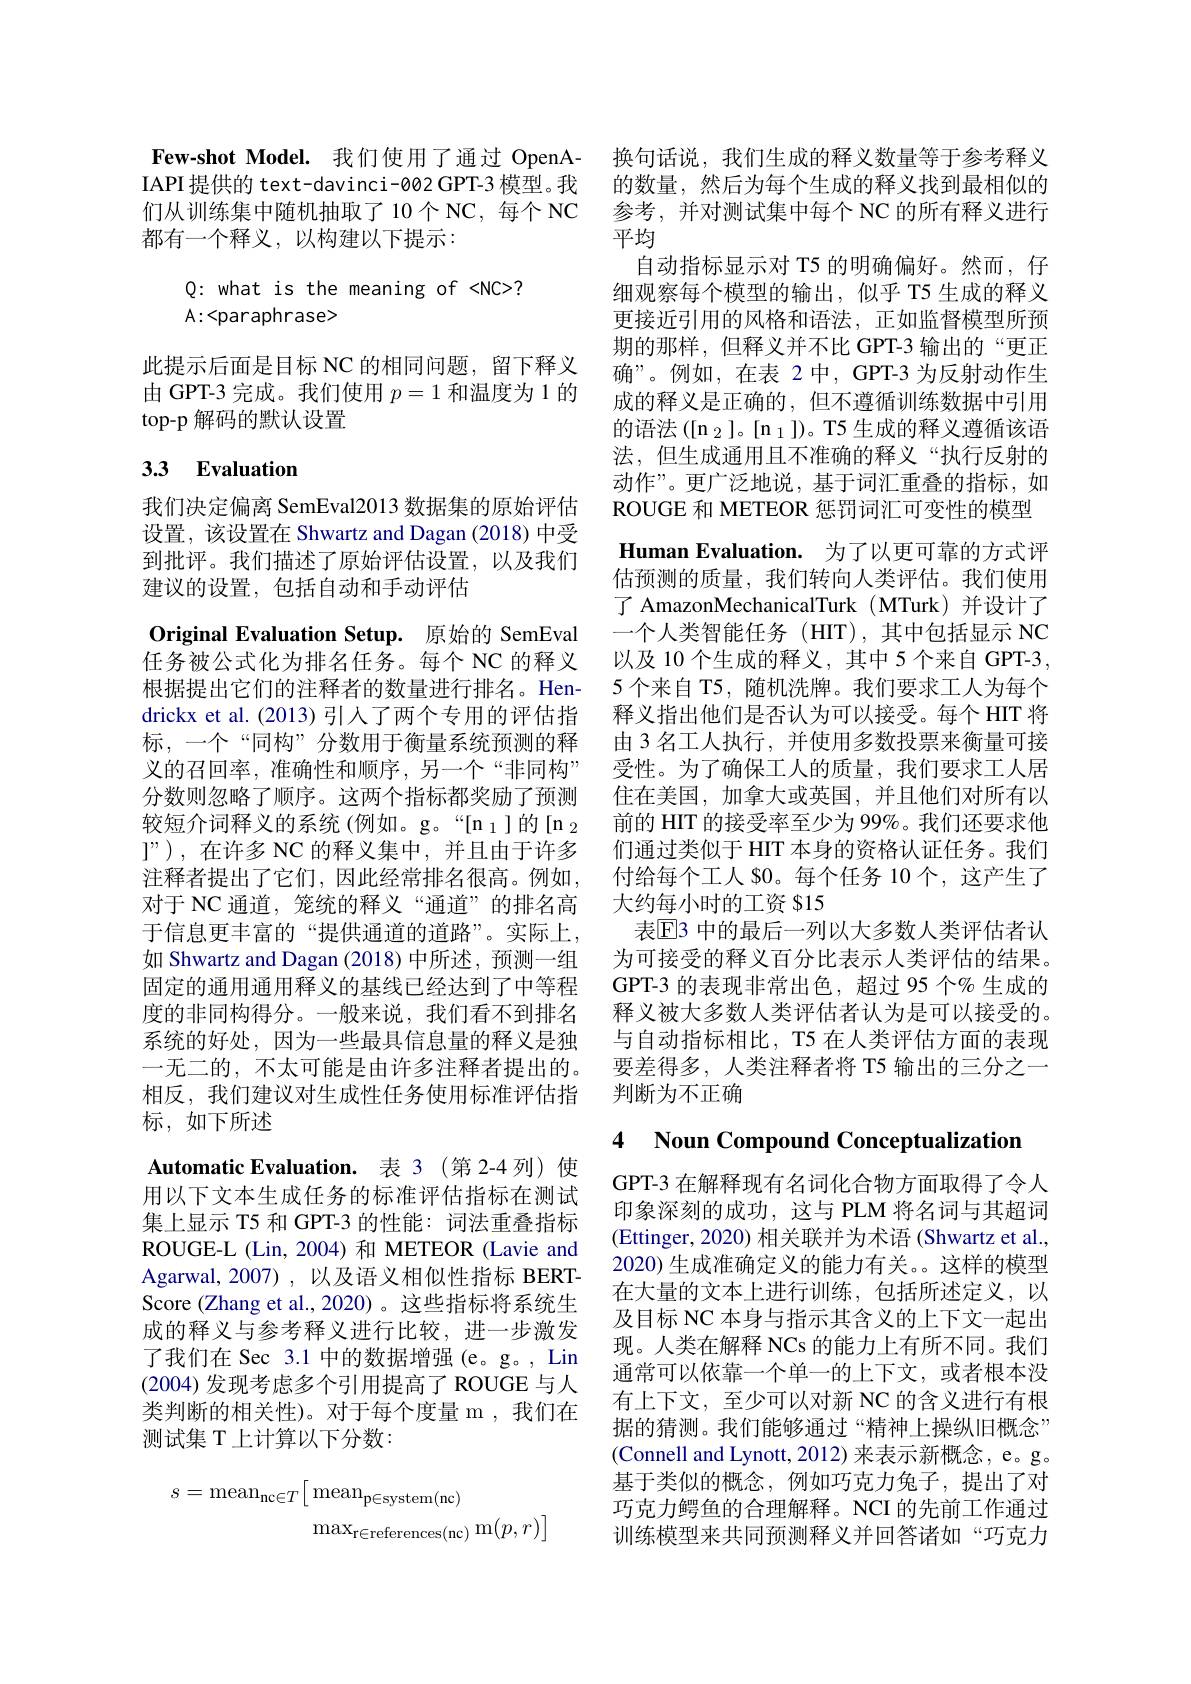
Few-shot Model. 我们使用了通过 OpenA- 换句话说，我们生成的释义数量等于参考释义IAPI提供的 text-davinci-002 GPT-3 模型。我 的数量，然后为每个生成的释义找到最相似的们从训练集中随机抽取了10个NC，每个NC 参考，并对测试集中每个 NC 的所有释义进行都有一个释义，以构建以下提示：

Q: what is the meaning of <NC>?
$A:<paraphrase>$

此提示后面是目标 NC 的相同问题，留下释义由 GPT-3 完成。我们使用$p=1$和温度为 1 的top-p 解码的默认设置

## 3.3 Evaluation

我们决定偏离 SemEval2013 数据集的原始评估设置，该设置在 Shwartz and Dagan (2018) 中受到批评。我们描述了原始评估设置，以及我们建议的设置，包括自动和手动评估
Original Evaluation Setup. 原始的 SemEval 任务被公式化为排名任务。每个 NC 的释义根据提出它们的注释者的数量进行排名。Hen于信息更丰富的“提供通道的道路”。实际上， 如 Shwartz and Dagan (2018)中所述，预测一组固定的通用通用释义的基线已经达到了中等程度的非同构得分。一般来说，我们看不到排名系统的好处，因为一些最具信息量的释义是独一无二的，不太可能是由许多注释者提出的。相反，我们建议对生成性任务使用标准评估指标，如下所述
Automatic Evaluation. 表 3 (第 2-4 列) 使用以下文本生成任务的标准评估指标在测试集上显示 T5 和 GPT-3 的性能：词法重叠指标ROUGE-L (Lin,2004)和 METEOR (Lavie and Agarwal,2007),以及语义相似性指标 BERTScore (Zhang et al.,2020) 。这些指标将系统生成的释义与参考释义进行比较，进一步激发了我们在 Sec 3.1 中的数据增强(e。g。, Lin (2004)发现考虑多个引用提高了 ROUGE 与人类判断的相关性)。对于每个度量 m ,我们在测试集 T 上计算以下分数：
$$\begin{array}{c}s=\mathrm{mean}_{\mathrm{nc}\in T}\big[\mathrm{mean}_{\mathrm{p}\in\mathrm{system}(\mathrm{nc})}\\\max_{\mathrm{r}\in\mathrm{references}(\mathrm{nc})}\mathrm{m}(p,r)\big]\end{array}$$
平均
自动指标显示对 T5 的明确偏好。然而，仔细观察每个模型的输出，似乎 T5 生成的释义更接近引用的风格和语法，正如监督模型所预期的那样，但释义并不比 GPT-3 输出的“更正确”。例如，在表 2中，GPT-3 为反射动作生成的释义是正确的，但不遵循训练数据中引用的语法([n_2]。[n_1])。T5 生成的释义遵循该语法，但生成通用且不准确的释义“执行反射的动作”。更广泛地说，基于词汇重叠的指标，如ROUGE 和 METEOR 惩罚词汇可变性的模型Human Evaluation. 为了以更可靠的方式评估预测的质量，我们转向人类评估。我们使用了 AmazonMechanicalTurk (MTurk)并设计了一个人类智能任务(HIT),其中包括显示 NC 以及 10 个生成的释义，其中 5 个来自 GPT-3 , 5个来自 T5, 随机洗牌。我们要求工人为每个
drickx et al. (2013) 引人了两个专用的评估指 释义指出他们是否认为可以接受。每个 HIT 将标，一个“同构”分数用于衡量系统预测的释 由3名工人执行，并使用多数投票来衡量可接义的召回率，准确性和顺序，另一个“非同构” 受性。为了确保工人的质量，我们要求工人居分数则忽略了顺序。这两个指标都奖励了预测 住在美国，加拿大或英国，并且他们对所有以较短介词释义的系统 (例如。g。“[n $_1$]的[n $_2$前的 HIT 的接受率至少为 99%。我们还要求他l”),在许多 NC 的释义集中，并且由于许多 们通过类似于 HIT 本身的资格认证任务。我们注释者提出了它们，因此经常排名很高。例如，付给每个工人 S0。每个任务 10 个，这产生了对于 NC 通道，笼统的释义“通道”的排名高 大约每小时的工资 815
表$\mathbb{E}$3 中的最后一列以大多数人类评估者认为可接受的释义百分比表示人类评估的结果。GPT-3 的表现非常出色，超过 95 个% 生成的释义被大多数人类评估者认为是可以接受的。与自动指标相比，T5 在人类评估方面的表现要差得多，人类注释者将 T5 输出的三分之一判断为不正确

### 4 Noun Compound Conceptualizatior

GPT-3 在解释现有名词化合物方面取得了令人印象深刻的成功，这与 PLM 将名词与其超词(Ettinger, 2020) 相关联并为术语 (Shwartz et al., 2020) 生成准确定义的能力有关。。这样的模型在大量的文本上进行训练，包括所述定义，以及目标 NC 本身与指示其含义的上下文一起出现。人类在解释 NCs 的能力上有所不同。我们通常可以依靠一个单一的上下文，或者根本没有上下文，至少可以对新 NC 的含义进行有根据的猜测。我们能够通过“精神上操纵旧概念” (Connell and Lynott, 2012) 来表示新概念，e。g。基于类似的概念，例如巧克力兔子，提出了对巧克力鳄鱼的合理解释。NCI 的先前工作通过训练模型来共同预测释义并回答诸如“巧克力